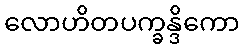
လောဟိတပက္ခန္ဒိကော